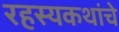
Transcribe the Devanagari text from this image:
रहस्यकथांचे